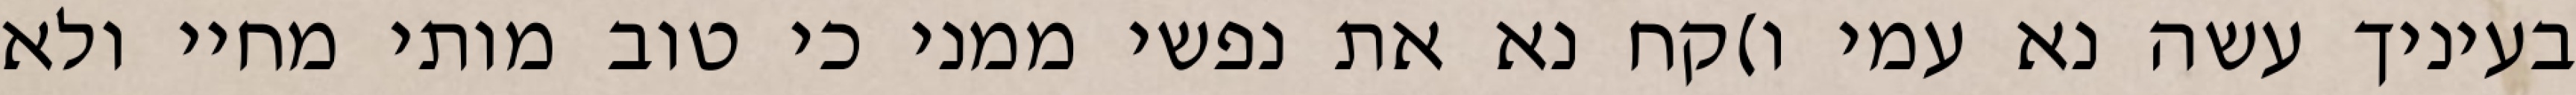
בעיניך עשה נא עמי ו)קח נא את נפשי ממני כי טוב מותי מחיי ולא